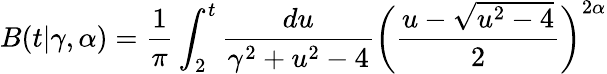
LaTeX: B(t|\gamma,\alpha)=\frac{1}{\pi}\int_{2}^{t}\frac{du}{\gamma^{2}+u^{2}-4}\bigg(\frac{u-\sqrt{u^{2}-4}}{2}\bigg)^{2\alpha}